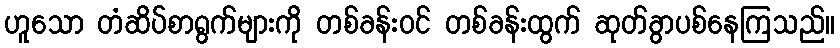
ဟူသော တံဆိပ်စာရွက်များကို တစ်ခန်းဝင် တစ်ခန်းထွက် ဆုတ်ခွာပစ်နေကြသည်။